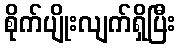
စိုက်ပျိုးလျက်ရှိပြီး